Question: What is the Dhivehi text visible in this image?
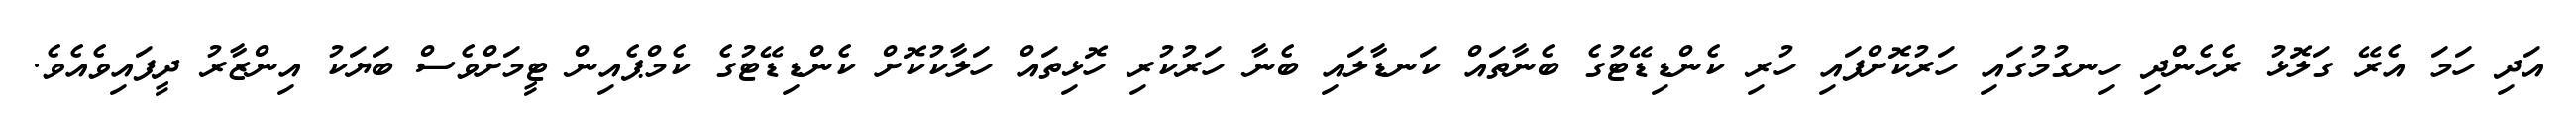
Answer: އަދި ހަމަ އެރޭ ގަލޮޅު ރެހެންދި ހިނގުމުގައި ހަރުކޮށްފައި ހުރި ކެންޑިޑޭޓުގެ ބެނާތައް ކަނޑާލައި ބެނާ ހަރުކުރި ހޮޅިތައް ހަލާކުކޮށް ކެންޑިޑޭޓުގެ ކެމްޕެއިން ޓީމަށްވެސް ބަޔަކު އިންޒާރު ދީފައިވެއެވެ.